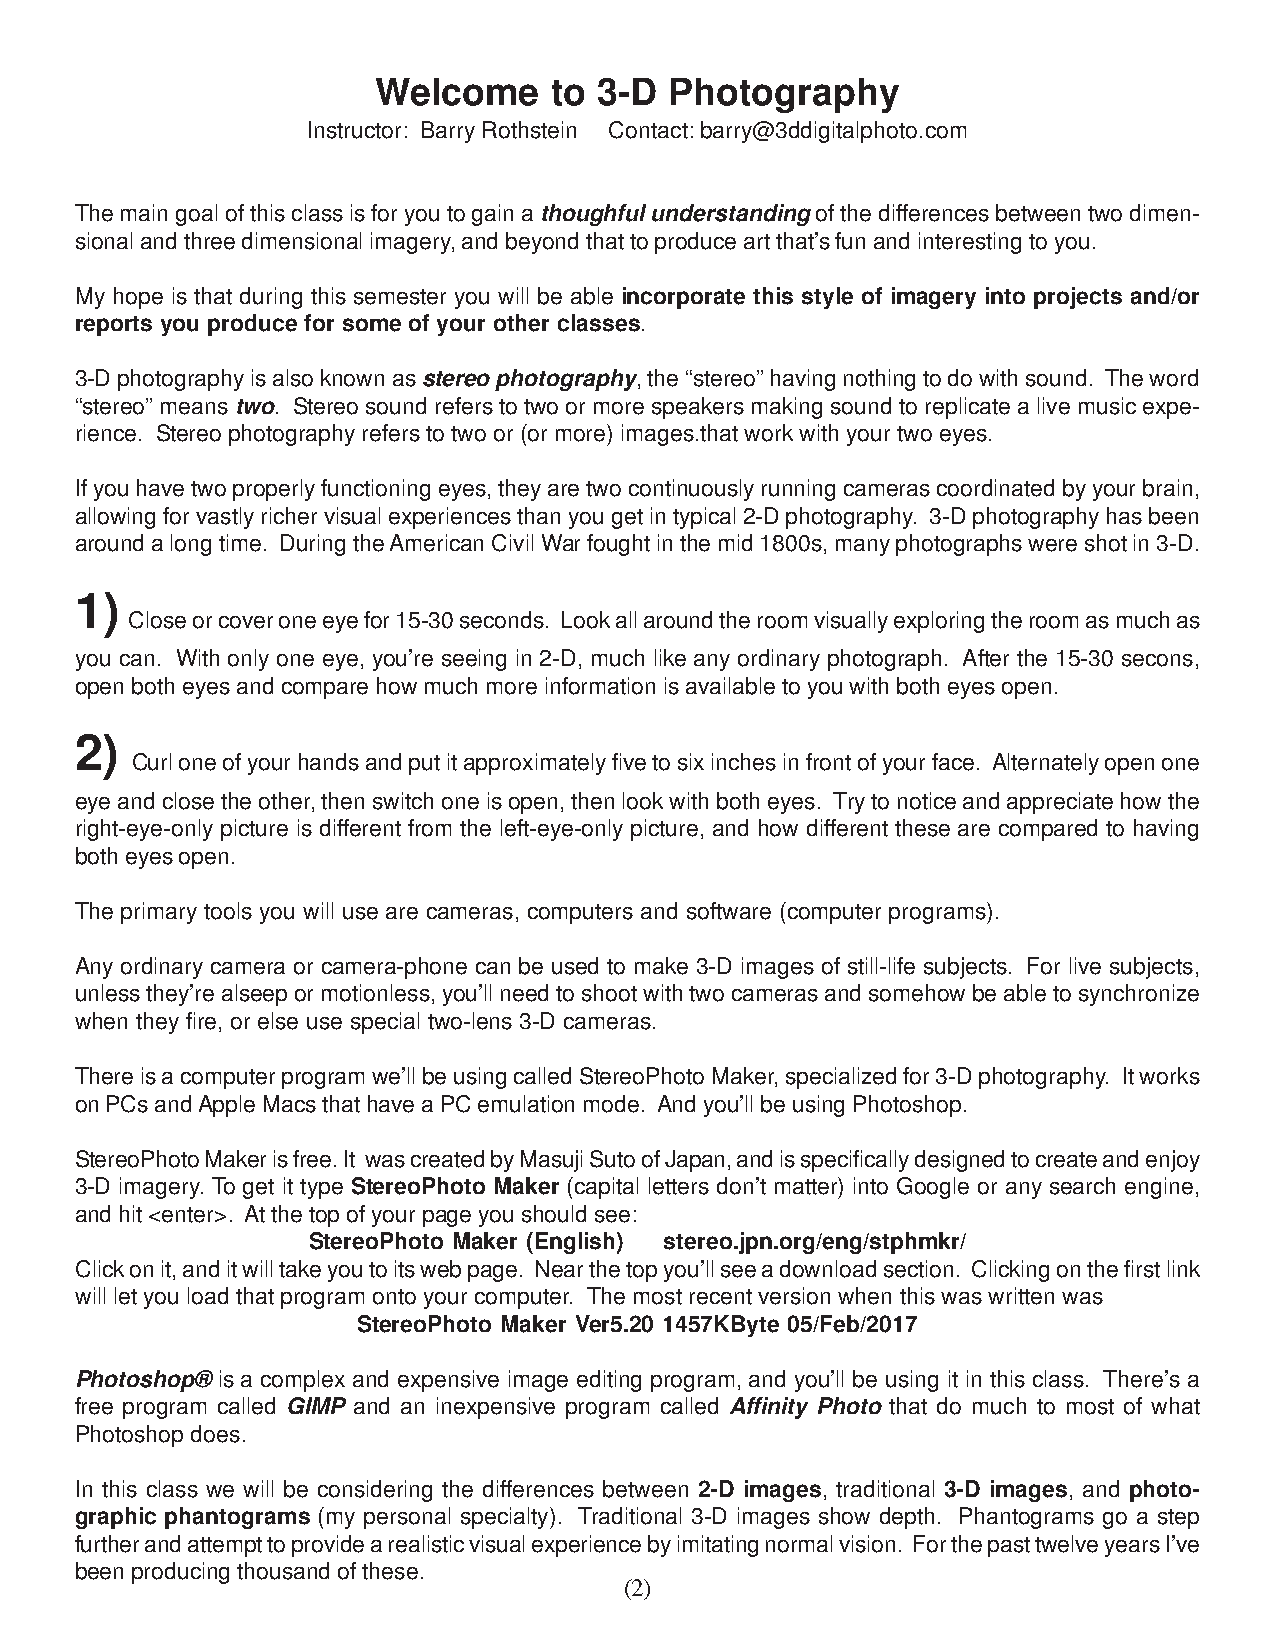
Welcome    to  3-D Photography
 Instructor: Barry Rothstein Contact: barry@3ddigitalphoto.com
 The main goal of this class is for you to gain a thoughful understanding of the differences between two dimen-
 sional and three dimensional imagery, and beyond that to produce art that’s fun and interesting to you.
 My hope is that during this semester you will be able incorporate this style of imagery into projects and/or
 reports you produce for some of your other classes.
 3-D photography is also known as stereo photography, the “stereo” having nothing to do with sound. The word
 “stereo” means two. Stereo sound refers to two or more speakers making sound to replicate a live music expe-
 rience. Stereo photography refers to two or (or more) images.that work with your two eyes.
 If you have two properly functioning eyes, they are two continuously running cameras coordinated by your brain,
 allowing for vastly richer visual experiences than you get in typical 2-D photography. 3-D photography has been
 around a long time. During the American Civil War fought in the mid 1800s, many photographs were shot in 3-D.
 1)
 Close or cover one eye for 15-30 seconds. Look all around the room visually exploring the room as much as
 you can. With only one eye, you’re seeing in 2-D, much like any ordinary photograph. After the 15-30 secons,
 open both eyes and compare how much more information is available to you with both eyes open.
 2)
 Curl one of your hands and put it approximately five to six inches in front of your face. Alternately open one
 eye and close the other, then switch one is open, then look with both eyes. Try to notice and appreciate how the
 right-eye-only picture is different from the left-eye-only picture, and how different these are compared to having
 both eyes open.
 The primary tools you will use are cameras, computers and software (computer programs).
 Any ordinary camera or camera-phone can be used to make 3-D images of still-life subjects. For live subjects,
 unless they’re alseep or motionless, you’ll need to shoot with two cameras and somehow be able to synchronize
 when they fire, or else use special two-lens 3-D cameras.
 There is a computer program we’ll be using called StereoPhoto Maker, specialized for 3-D photography. It works
 on PCs and Apple Macs that have a PC emulation mode. And you’ll be using Photoshop.
 StereoPhoto Maker is free. It was created by Masuji Suto of Japan, and is specifically designed to create and enjoy
 3-D imagery. To get it type StereoPhoto Maker (capital letters don’t matter) into Google or any search engine,
 and hit <enter>. At the top of your page you should see:
 StereoPhoto Maker (English) stereo.jpn.org/eng/stphmkr/
 Click on it, and it will take you to its web page. Near the top you’ll see a download section. Clicking on the first link
 will let you load that program onto your computer. The most recent version when this was written was
 StereoPhoto Maker Ver5.20 1457KByte 05/Feb/2017
 Photoshop® is a complex and expensive image editing program, and you’ll be using it in this class. There’s a
 free program called GIMP and an inexpensive program called Affinity Photo that do much to most of what
 Photoshop does.
 In this class we will be considering the differences between 2-D images, traditional 3-D images, and photo-
 graphic phantograms (my personal specialty). Traditional 3-D images show depth. Phantograms go a step
 further and attempt to provide a realistic visual experience by imitating normal vision. For the past twelve years I’ve
 been producing thousand of these.
 (2)